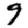
Digit: 9